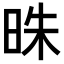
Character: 𣆦